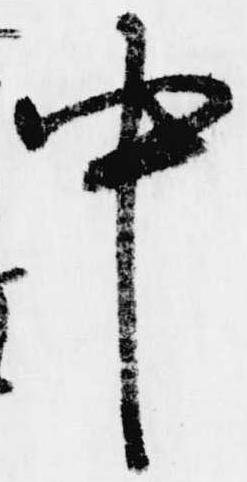
中